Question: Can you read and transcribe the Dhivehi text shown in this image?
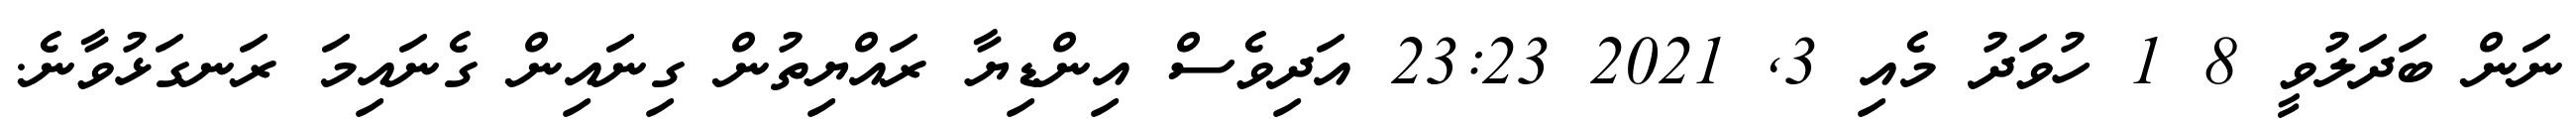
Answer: ނަން ބަދަލުވީ 8 1 ހުވަދު މެއި 3, 2021 23:23 އަދިވެސް އިންޑިޔާ ރައްޔިތުން ގިނައިން ގެނައިމަ ރަނގަޅުވާނެ.